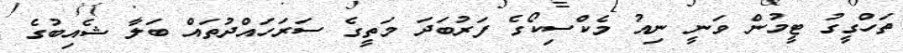
ތަހްގީގު ޓީމުން ވަނީ ނިއު މެކްސިކޯގެ ފަރުބަދަ މަތީގެ ސަރަހައްދުތައް ބަލާ ޝެއިބުގެ